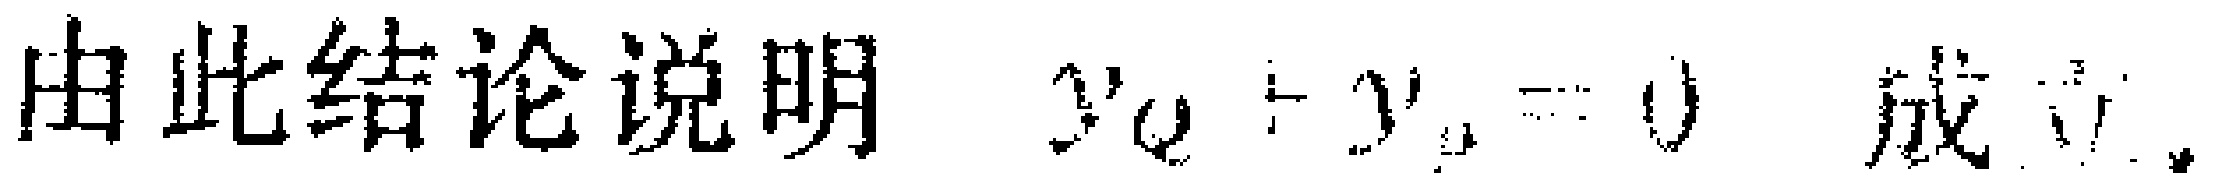
由此结论说明 \(y'_{Q}+y'_{P}=0\) 成立.